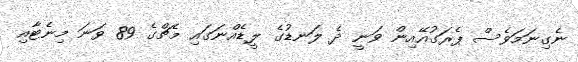
ނެގިނަމަވެސް ޕެރަގުއޭއިން ވަނީ ދެ ލަނޑުގެ ލީޑެއްނަގައި މެޗްގެ 89 ވަނަ މިނެޓާއި